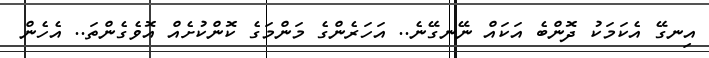
އިނގޭ އެކަމަކު ދޮންބެ އަކައް ނޭނގޭނެ.. އަހަރެންގެ މަންމަގެ ކޮންކުށެއް އޮވެގެންތަ.. އެހެން